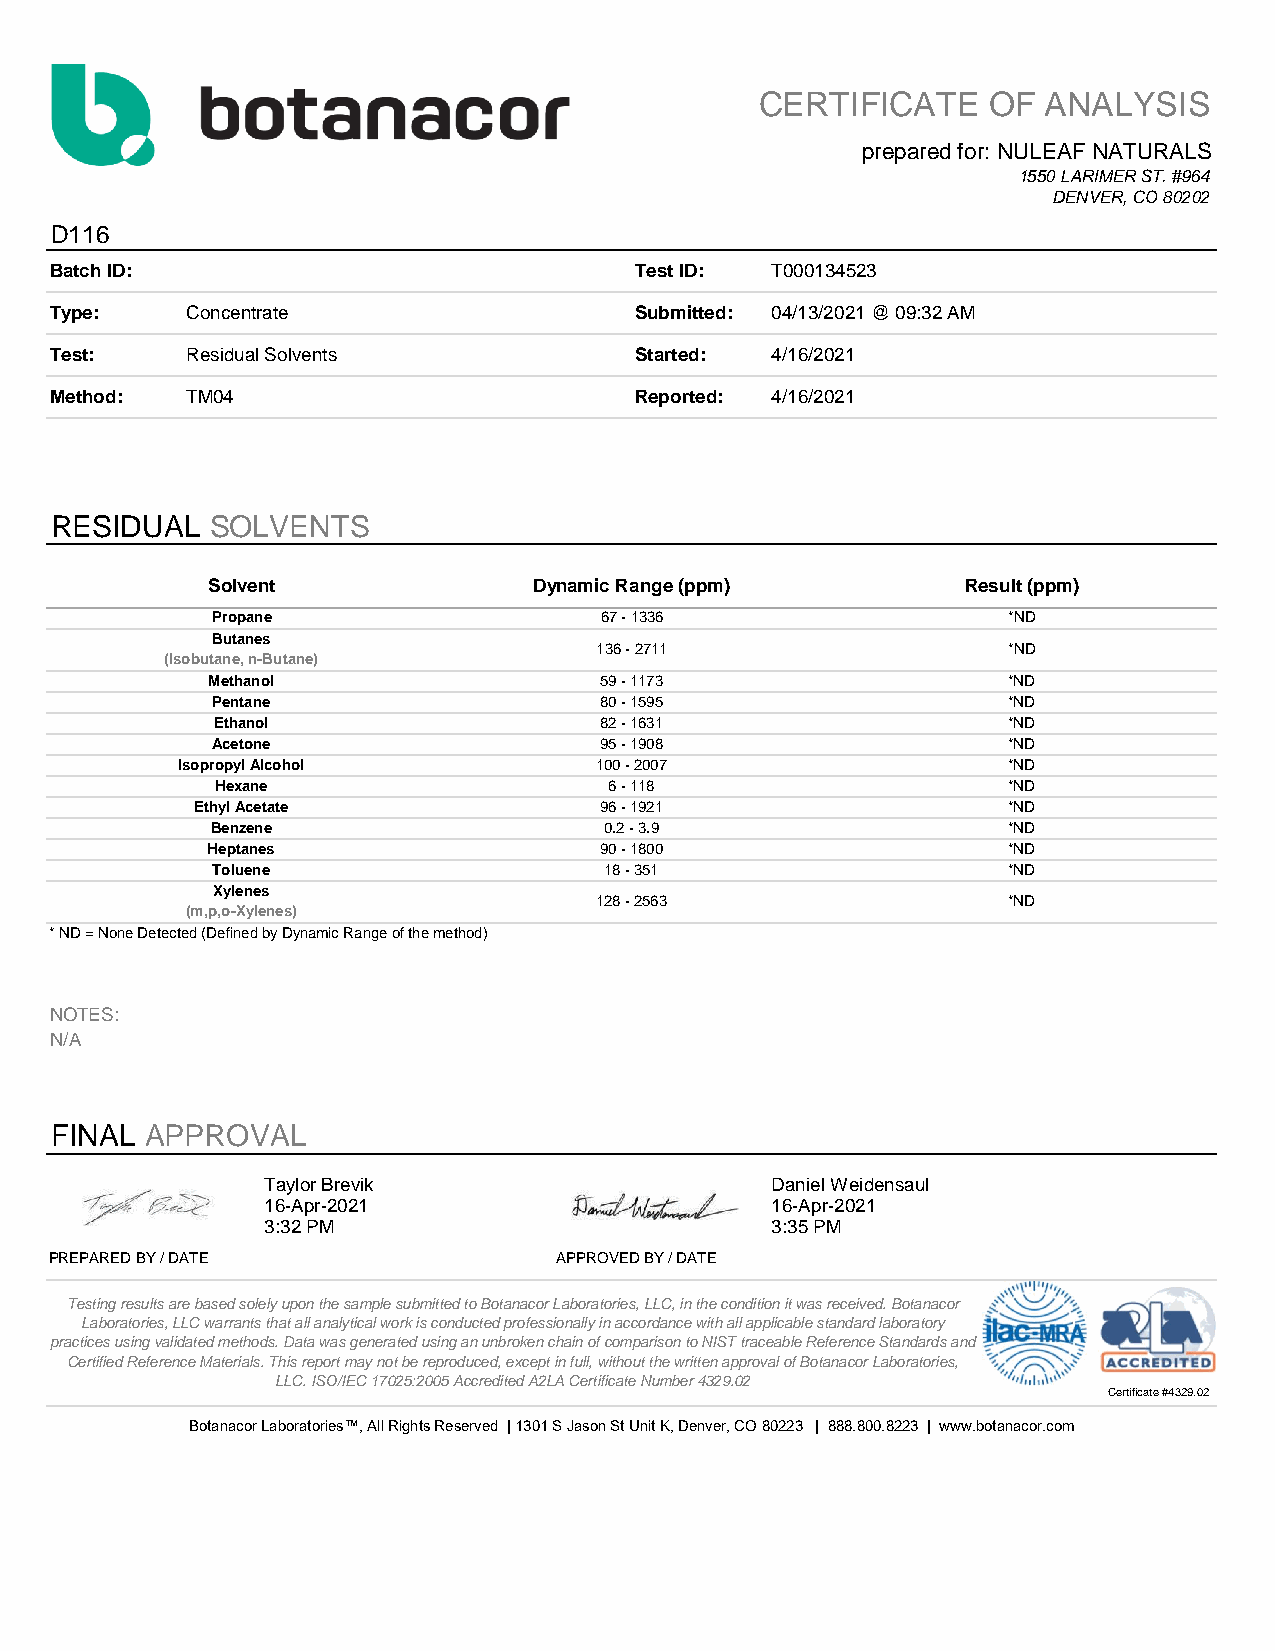
CERTIFICATE    OF  ANALYSIS
 prepared for: NULEAF NATURALS
 1550 LARIMER ST. #964
 DENVER, CO 80202
 D116
 Batch ID:                              Test ID: T000134523
 Type:    Concentrate                   Submitted: 04/13/2021 @ 09:32 AM
 Test:    Residual Solvents             Started: 4/16/2021
 Method:  TM04                          Reported: 4/16/2021
 RESIDUAL   SOLVENTS
 Solvent              Dynamic Range (ppm)          Result (ppm)
 Propane                   67 - 1336                  *ND
 Butanes
 136 - 2711                  *ND
 (Isobutane, n-Butane)
 Methanol                  59 - 1173                  *ND
 Pentane                   80 - 1595                  *ND
 Ethanol                   82 - 1631                  *ND
 Acetone                   95 - 1908                  *ND
 Isopropyl Alcohol          100 - 2007                  *ND
 Hexane                    6 - 118                    *ND
 Ethyl Acetate              96 - 1921                  *ND
 Benzene                   0.2 - 3.9                  *ND
 Heptanes                  90 - 1800                  *ND
 Toluene                   18 - 351                   *ND
 Xylenes
 128 - 2563                  *ND
 (m,p,o-Xylenes)
 * ND = None Detected (Defined by Dynamic Range of the method)
 NOTES:
 N/A
 FINAL  APPROVAL
 Taylor Brevik                     Daniel Weidensaul
 16-Apr-2021                       16-Apr-2021
 3:32 PM                           3:35 PM
 PREPARED BY / DATE                APPROVED BY / DATE
 Testing results are based solely upon the sample submitted to Botanacor Laboratories, LLC, in the condition it was received. Botanacor
 Laboratories, LLC warrants that all analytical work is conducted professionally in accordance with all applicable standard laboratory
 practices using validated methods. Data was generated using an unbroken chain of comparison to NIST traceable Reference Standards and
 Certified Reference Materials. This report may not be reproduced, except in full, without the written approval of Botanacor Laboratories,
 LLC. ISO/IEC 17025:2005 Accredited A2LA Certificate Number 4329.02
 Certificate #4329.02
 Botanacor Laboratories™, All Rights Reserved | 1301 S Jason St Unit K, Denver, CO 80223 | 888.800.8223 | www.botanacor.com